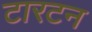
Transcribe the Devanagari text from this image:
टारटन